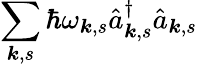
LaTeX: \sum_{{\boldsymbol{k}},s}\hbar\omega_{{\boldsymbol{k}},s}\hat{a}_{{\boldsymbol{k}},s}^{\dagger}\hat{a}_{{\boldsymbol{k}},s}